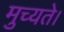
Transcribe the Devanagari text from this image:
मुच्यते।